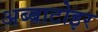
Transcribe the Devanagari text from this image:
अब्बाटोइर